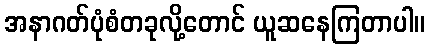
အနာဂတ်ပုံစံတခုလို့တောင် ယူဆနေကြတာပါ။